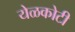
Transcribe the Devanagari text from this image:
येळकोटी